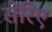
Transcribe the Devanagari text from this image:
सेरिए